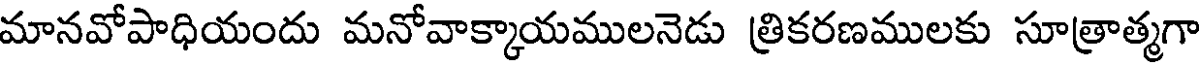
మానవోపాధియందు మనోవాక్కాయములనెడు త్రికరణములకు సూత్రాత్మగా